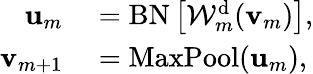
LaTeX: \begin{array}{rl}{{\mathbf u}_{m}}&{{}=\mathrm{BN}\left[\mathcal{W}_{m}^{\mathrm{d}}({\mathbf v}_{m})\right],}\\ {{\mathbf v}_{m+1}}&{{}=\mathrm{MaxPool}({\mathbf u}_{m}),}\end{array}